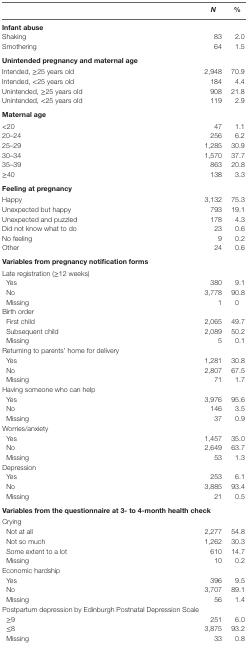
<table><thead><tr><td></td><td><b><i>N</i></b></td><td><b>%</b></td></tr></thead><tbody><tr><td><b>Infant abuse</b></td><td></td><td></td></tr><tr><td>Shaking</td><td>83</td><td>2.0</td></tr><tr><td>Smothering</td><td>64</td><td>1.5</td></tr><tr><td><b>Unintended pregnancy and maternal age</b></td><td></td><td></td></tr><tr><td>Intended, ≥25 years old</td><td>2,948</td><td>70.9</td></tr><tr><td>Intended, &lt;25 years old</td><td>184</td><td>4.4</td></tr><tr><td>Unintended, ≥25 years old</td><td>908</td><td>21.8</td></tr><tr><td>Unintended, &lt;25 years old</td><td>119</td><td>2.9</td></tr><tr><td><b>Maternal age</b></td><td></td><td></td></tr><tr><td>&lt;20</td><td>47</td><td>1.1</td></tr><tr><td>20–24</td><td>256</td><td>6.2</td></tr><tr><td>25–29</td><td>1,285</td><td>30.9</td></tr><tr><td>30–34</td><td>1,570</td><td>37.7</td></tr><tr><td>35–39</td><td>863</td><td>20.8</td></tr><tr><td>≥40</td><td>138</td><td>3.3</td></tr><tr><td><b>Feeling at pregnancy</b></td><td></td><td></td></tr><tr><td>Happy</td><td>3,132</td><td>75.3</td></tr><tr><td>Unexpected but happy</td><td>793</td><td>19.1</td></tr><tr><td>Unexpected and puzzled</td><td>178</td><td>4.3</td></tr><tr><td>Did not know what to do</td><td>23</td><td>0.6</td></tr><tr><td>No feeling</td><td>9</td><td>0.2</td></tr><tr><td>Other</td><td>24</td><td>0.6</td></tr><tr><td colspan="3"><b>Variables from pregnancy notification forms</b></td></tr><tr><td>Late registration (≥12 weeks)</td><td></td><td></td></tr><tr><td> Yes</td><td>380</td><td>9.1</td></tr><tr><td> No</td><td>3,778</td><td>90.8</td></tr><tr><td> Missing</td><td>1</td><td>0</td></tr><tr><td>Birth order</td><td></td><td></td></tr><tr><td> First child</td><td>2,065</td><td>49.7</td></tr><tr><td> Subsequent child</td><td>2,089</td><td>50.2</td></tr><tr><td> Missing</td><td>5</td><td>0.1</td></tr><tr><td>Returning to parents’ home for delivery</td><td></td><td></td></tr><tr><td> Yes</td><td>1,281</td><td>30.8</td></tr><tr><td> No</td><td>2,807</td><td>67.5</td></tr><tr><td> Missing</td><td>71</td><td>1.7</td></tr><tr><td>Having someone who can help</td><td></td><td></td></tr><tr><td> Yes</td><td>3,976</td><td>95.6</td></tr><tr><td> No</td><td>146</td><td>3.5</td></tr><tr><td> Missing</td><td>37</td><td>0.9</td></tr><tr><td>Worries/anxiety</td><td></td><td></td></tr><tr><td> Yes</td><td>1,457</td><td>35.0</td></tr><tr><td> No</td><td>2,649</td><td>63.7</td></tr><tr><td> Missing</td><td>53</td><td>1.3</td></tr><tr><td>Depression</td><td></td><td></td></tr><tr><td> Yes</td><td>253</td><td>6.1</td></tr><tr><td> No</td><td>3,885</td><td>93.4</td></tr><tr><td> Missing</td><td>21</td><td>0.5</td></tr><tr><td colspan="3"><b>Variables from the questionnaire at 3- to 4-month health check</b></td></tr><tr><td>Crying</td><td></td><td></td></tr><tr><td> Not at all</td><td>2,277</td><td>54.8</td></tr><tr><td> Not so much</td><td>1,262</td><td>30.3</td></tr><tr><td> Some extent to a lot</td><td>610</td><td>14.7</td></tr><tr><td> Missing</td><td>10</td><td>0.2</td></tr><tr><td>Economic hardship</td><td></td><td></td></tr><tr><td> Yes</td><td>396</td><td>9.5</td></tr><tr><td> No</td><td>3,707</td><td>89.1</td></tr><tr><td> Missing</td><td>56</td><td>1.4</td></tr><tr><td>Postpartum depression by Edinburgh Postnatal Depression Scale</td><td></td><td></td></tr><tr><td> ≥9</td><td>251</td><td>6.0</td></tr><tr><td> ≤8</td><td>3,875</td><td>93.2</td></tr><tr><td> Missing</td><td>33</td><td>0.8</td></tr></tbody></table>